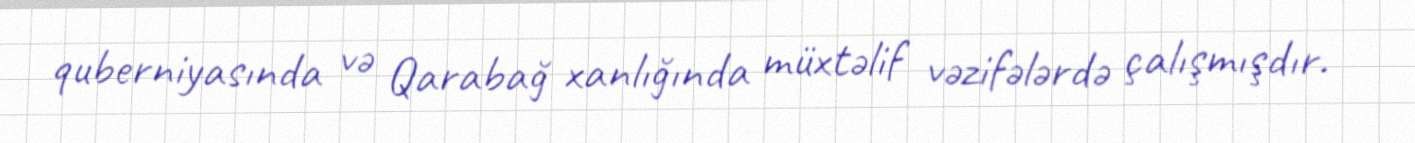
quberniyasında və Qarabağ xanlığında müxtəlif vəzifələrdə çalışmışdır.